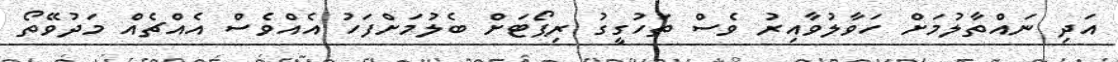
އަދި ނައްތާލުމަށް ހަވާލުވާއިރު ވެސް ތަހުގީގު ރިޕޯޓަށް ބެލުމަށްފަހު އެއްވެސް އެއްޗެއް މަދުވޭތޯ